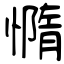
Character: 憜